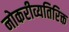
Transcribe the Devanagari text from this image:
नोकरीव्यतिरिक्त